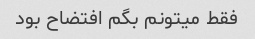
فقط میتونم بگم افتضاح بود